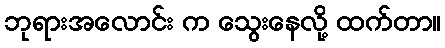
ဘုရားအလောင်း က သွေးနေလို့ ထက်တာ။